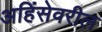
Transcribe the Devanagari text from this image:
अहिंसेवरील